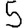
Digit: 5